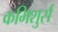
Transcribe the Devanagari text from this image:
कमिशुर्स